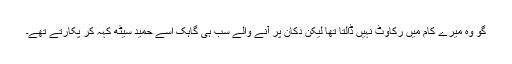
گو وہ میرے کام میں رکاوٹ نہیں ڈالتا تھا لیکن دکان پر آنے والے سب ہی گاہک اسے حمید سیٹھ کہہ کر پکارتے تھے۔